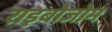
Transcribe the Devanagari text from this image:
राइबोजोम